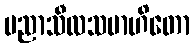
ပညာသီလသမာဟိတော